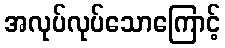
အလုပ်လုပ်သောကြောင့်